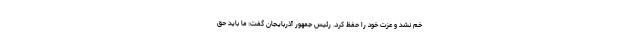
خم نشد و عزت خود را حفظ کرد. رئیس جمهور آذربایجان گفت: ما باید حق